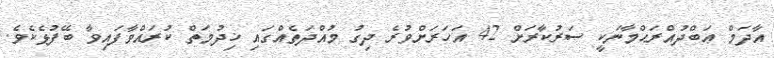
އާދަމް ޢަބްދުއްރަޙްމާނަކީ ސަރުކާރަށް 42 އަހަރަށްވުރެ ދިގު މުއްދަތެއްގައި ޚިދުމަތް ކުރައްވާފައިވާ ބޭފުޅެކެވެ.